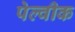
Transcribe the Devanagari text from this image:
पेल्वीक